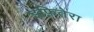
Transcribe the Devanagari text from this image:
इफ़ितेरा